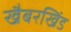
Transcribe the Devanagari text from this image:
खैबरखिंड